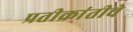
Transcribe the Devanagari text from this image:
प्रतीक्रांतीचे